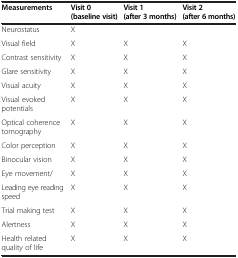
| Measurements | Visit 0 (baseline visit) | Visit 1 (after 3 months) | Visit 2 (after 6 months) |
 | --- | --- | --- | --- |
 | Neurostatus | X |  |  |
 | Visual field | X | X | X |
 | Contrast sensitivity | X | X | X |
 | Glare sensitivity | X | X | X |
 | Visual acuity | X | X | X |
 | Visual evoked potentials | X | X | X |
 | Optical coherence tomography | X | X | X |
 | Color perception | X | X | X |
 | Binocular vision | X | X | X |
 | Eye movement/ | X | X | X |
 | Leading eye reading speed | X | X | X |
 | Trial making test | X | X | X |
 | Alertness | X | X | X |
 | Health related quality of life | X | X | X |